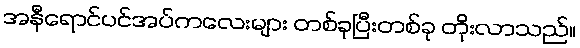
အနီရောင်ပင်အပ်ကလေးများ တစ်ခုပြီးတစ်ခု တိုးလာသည်။